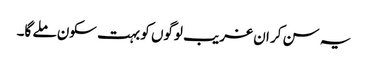
یہ سن کر ان غریب لوگوں کو بہت سکون ملے گا۔